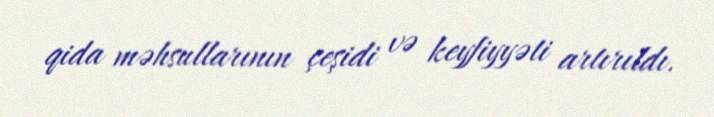
qida məhsullarının çeşidi və keyfiyyəti artırıldı.